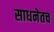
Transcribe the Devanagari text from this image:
साधनेतच